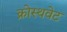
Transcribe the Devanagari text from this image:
क्रोस्थवेट